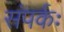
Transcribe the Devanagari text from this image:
संपर्कः